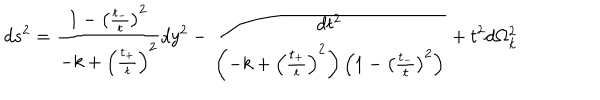
d s ^ { 2 } = \frac { 1 - \left( \frac { t _ { - } } { t } \right) ^ { 2 } } { - k + \left( \frac { t _ { + } } { t } \right) ^ { 2 } } d y ^ { 2 } - \frac { d t ^ { 2 } } { \left( - k + \left( \frac { t _ { + } } { t } \right) ^ { 2 } \right) \left( 1 - \left( \frac { t _ { - } } { t } \right) ^ { 2 } \right) } + t ^ { 2 } d \Omega _ { k } ^ { 2 }